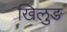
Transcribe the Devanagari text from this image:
खिलुङ